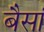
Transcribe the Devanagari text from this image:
बैसां